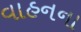
વાહનના